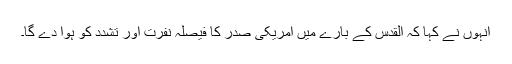
انہوں نے کہا کہ القدس کے بارے میں امریکی صدر کا فیصلہ نفرت اور تشدد کو ہوا دے گا۔